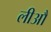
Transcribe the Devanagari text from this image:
लीआैं